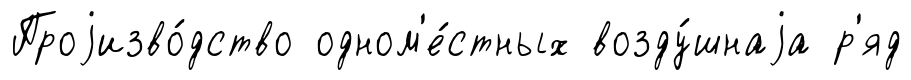
Проjизво́дство одном'е́стных возду́шнаjа р'яд